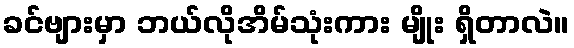
ခင်ဗျားမှာ ဘယ်လိုအိမ်သုံးကား မျိုး ရှိတာလဲ။